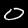
Label: 0